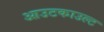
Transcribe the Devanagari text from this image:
आउटकाउल्ट